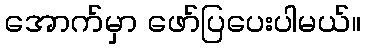
အောက်မှာ ဖော်ပြပေးပါမယ်။